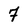
Character: 7